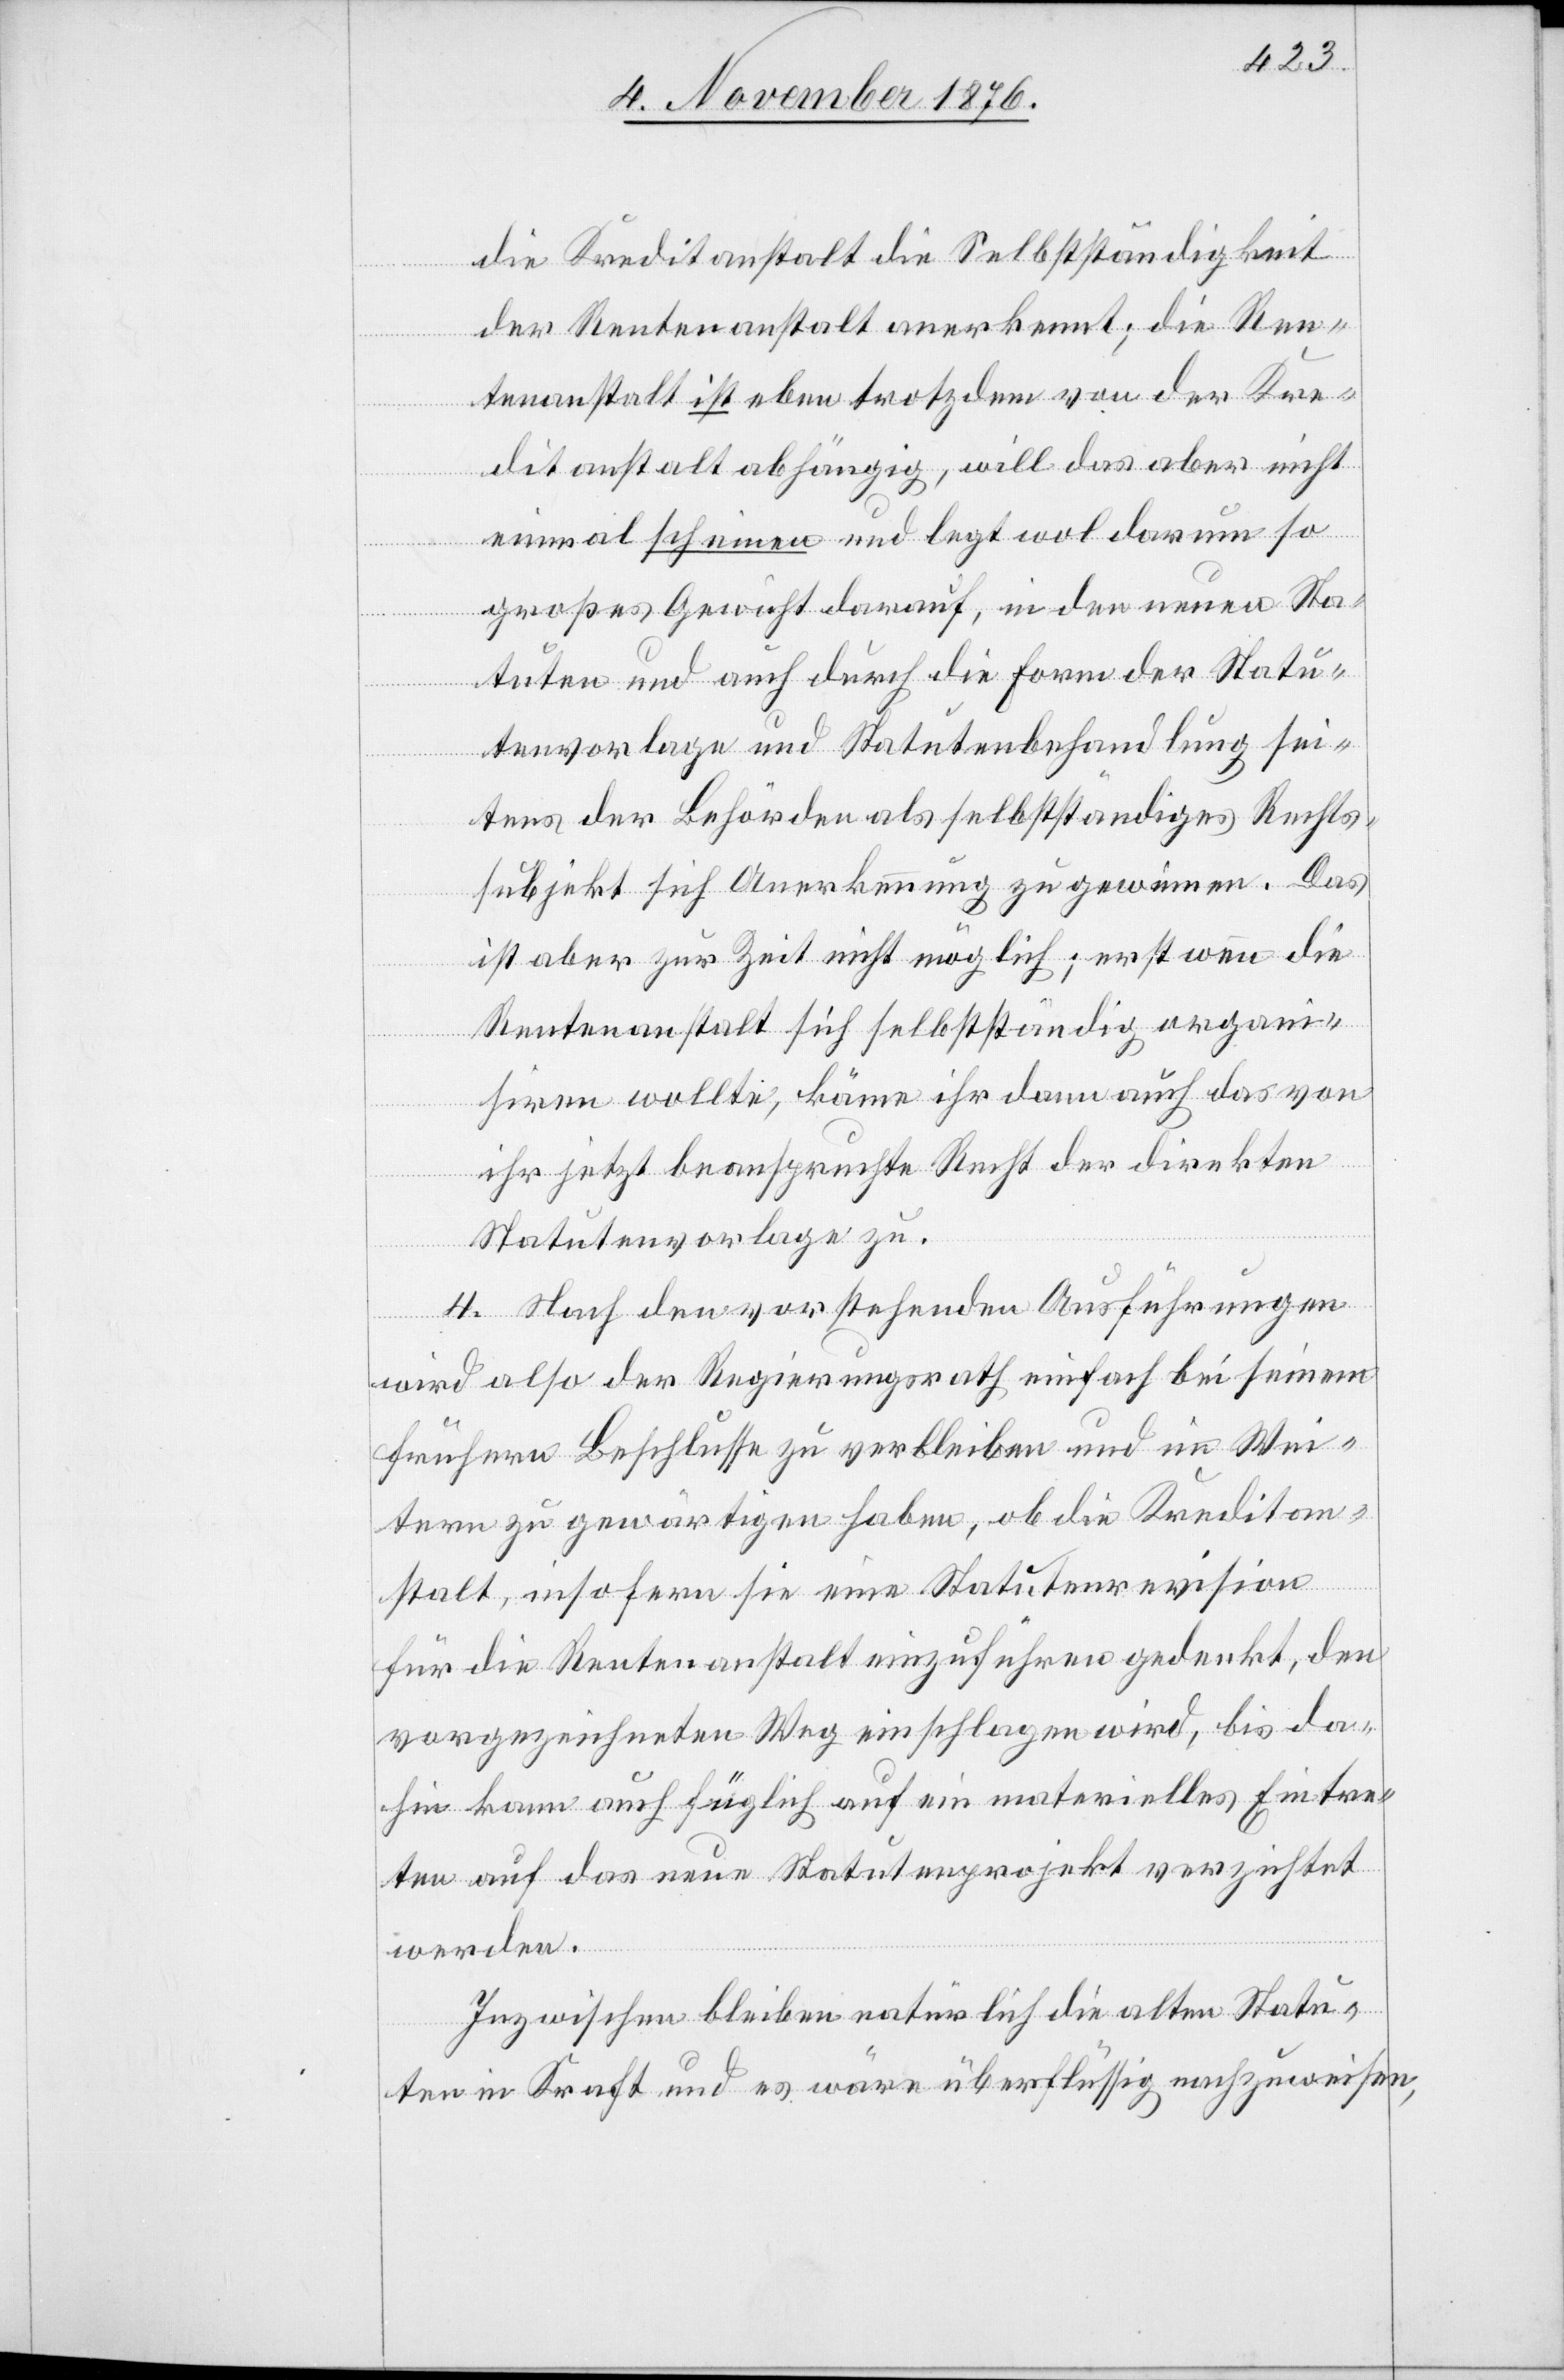
die Kreditanstalt die Selbstständigkeit
der Rentenanstalt anerkennt; die Ren¬
tenanstalt ist eben trotzdem von der Kre¬
ditanstalt abhängig, will das aber nicht
einmal scheinen und legt wol darum so
großes Gewicht darauf, in den neuen Sta¬
tuten und auch durch die Form der Statu¬
tenvorlage und Statutenbehandlung sei¬
tens der Behörden als selbstständiges Rechts¬
subjekt sich Anerkennung zu gewinnen [sic!]. Das
ist aber zur Zeit nicht möglich; erst wenn die
Rentenanstalt sich selbstständig organi¬
siren wollte, käme ihr dann auch das von
ihr jetzt beanspruchte Recht der direkten
Statutenvorlage zu.
4. Nach den vorstehenden Ausführungen
wird also der Regierungsrath einfach bei seinem
frühern Beschlusse zu verbleiben und im Wei¬
tern zu gewärtigen haben, ob die Kreditan¬
stalt, insofern sie eine Statutenrevision
für die Rentenanstalt einzuführen gedenkt, den
vorgezeichneten Weg einschlagen wird, bis da¬
hin kann auch füglich auf ein materielles Eintre¬
ten auf das neue Statutenprojekt verzichtet
werden.
Inzwischen bleiben natürlich die alten Statu¬
ten in Kraft und es wäre überflüssig nachzuweisen,